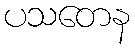
ပသတေန